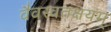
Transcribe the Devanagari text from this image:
वैवस्वतक्षयम्